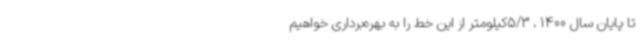
تا پایان سال 1400 ، 5/3کیلومتر از این خط را به بهره‌برداری خواهیم